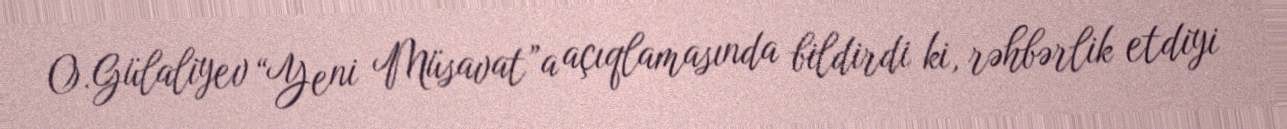
O.Gülaliyev “Yeni Müsavat”a açıqlamasında bildirdi ki, rəhbərlik etdiyi